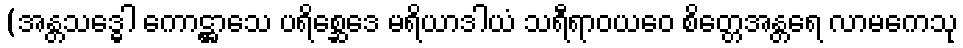
(အန္တသဒ္ဓေါ ကောဋ္ဌာသေ ပရိစ္ဆေဒေ မရိယာဒါယံ သရီရာဝယဝေ စိတ္တေအန္တရေ လာမကေသု